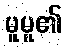
မူမူ၏